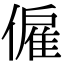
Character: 僱